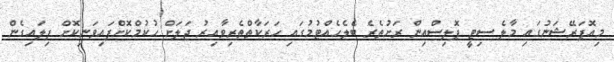
މިއޮޕަރޭޝަނުގައި މާލެ ސިޓީ ޕޮލިސްއިން ރަށުތެރެ ބެލެހެއްޓުމުގައި ހަރަކާތްތެރިވާއިރު ޖަލަށް ޙުކުމްކޮށްފައިވަނިކޮށް ފިލައިގެން